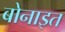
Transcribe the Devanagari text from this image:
बोनाइत